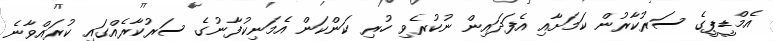
އެމްޑީޕީގެ ސަރުކާރުން ކަމަށާއި އެފަދައިން ނުކުރެވި ހުރި ކަންކަން އެމަނިކުފާނުގެ ސަރުކާރެއްގައި ކުރައްވާނެ